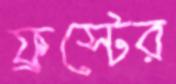
ফ্রস্টের